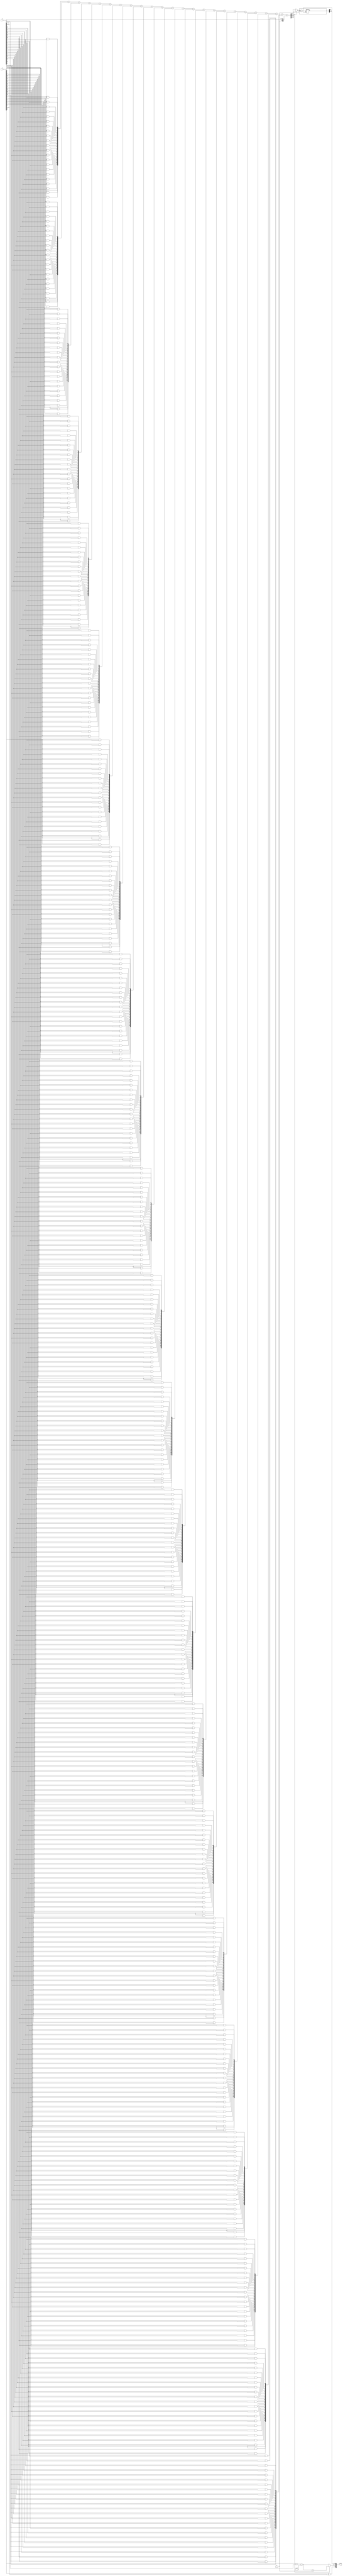
module fp_wallace_tree_multiplier #(
    parameter E = 8,  // Number of exponent bits
    parameter M = 23, // Number of significand bits
    parameter BIAS = 127 // Bias for the exponent
)(
    input  wire [31:0] a, // First floating-point number
    input  wire [31:0] b, // Second floating-point number
    output reg  [31:0] result // Resulting floating-point number
);

    // Extract sign, exponent, and significand
    wire sign_a = a[31];
    wire sign_b = b[31];
    wire [E-1:0] exp_a = a[30:23];
    wire [E-1:0] exp_b = b[30:23];
    wire [M:0] sig_a = {1'b1, a[22:0]}; // Implicit leading 1
    wire [M:0] sig_b = {1'b1, b[22:0]}; // Implicit leading 1

    // Partial products generation
    wire [M:0] pp[M:0]; // Partial products
    genvar i, j;
    generate
        for (i = 0; i <= M; i = i + 1) begin : pp_gen
            for (j = 0; j <= M; j = j + 1) begin : pp_inner
                assign pp[i][j] = sig_a[i] & sig_b[j];
            end
        end
    endgenerate

    // Wallace tree reduction (simplified)
    wire [M+M:0] sum[M:0]; // Intermediate sums
    wire [M+M:0] carry[M:0]; // Intermediate carries

    // Full adders and half adders to reduce partial products
    // Note: This is a simplified version; a full implementation would require more stages.
    // Here we will use a simple adder for demonstration.
    integer k;
    always @(*) begin
        for (k = 0; k <= M; k = k + 1) begin
            sum[k] = pp[k]; // Start with partial products
        end
        // Reduction (simple addition for demonstration)
        for (k = 1; k <= M; k = k + 1) begin
            sum[0] = sum[0] + sum[k]; // Add all partial products together
        end
    end

    // Exponent calculation
    wire [E-1:0] result_exp;
    assign result_exp = exp_a + exp_b - BIAS; // Adjust for bias

    // Sign calculation
    wire result_sign;
    assign result_sign = sign_a ^ sign_b;

    // Normalization (this is a simplified version)
    reg [M:0] normalized_sig;
    reg [E-1:0] normalized_exp;
    always @(*) begin
        // Check if normalization is needed (simplified)
        if (sum[0][M+M]) begin // If leading bit is 0
            normalized_sig = sum[0] >> 1; // Shift right
            normalized_exp = result_exp + 1; // Increment exponent
        end else begin
            normalized_sig = sum[0]; // Already normalized
            normalized_exp = result_exp;
        end
    end

    // Rounding (simple round to nearest for demonstration)
    reg round_bit;
    always @(*) begin
        round_bit = normalized_sig[M]; // Check the next bit for rounding
        if (round_bit) begin
            normalized_sig = normalized_sig + 1; // Round up
        end
    end

    // Output result
    always @(*) begin
        result = {result_sign, normalized_exp, normalized_sig[M-1:0]}; // Assemble result
    end

endmodule